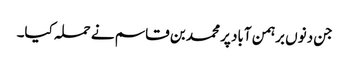
جن دنوں برہمن آباد پر محمد بن قاسم نے حملہ کیا۔